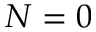
N = 0